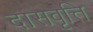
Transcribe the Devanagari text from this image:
दासवृत्ति